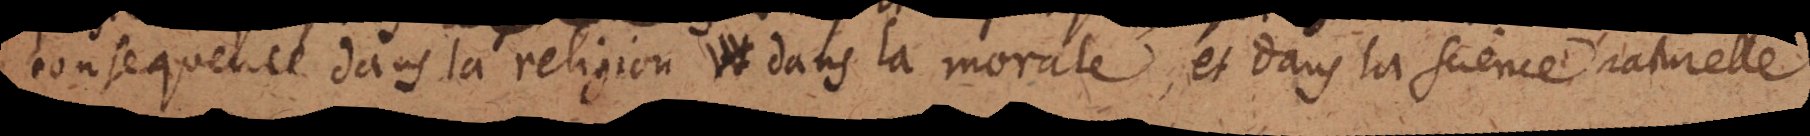
consequence dans la religion, dans la morale, et dans la science naturelle